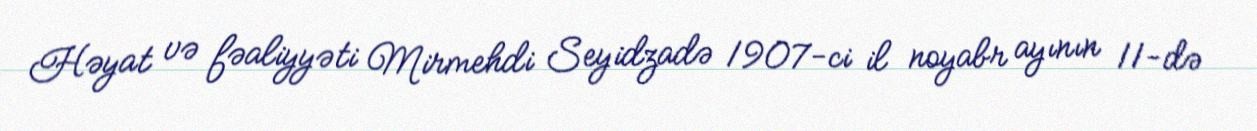
Həyat və fəaliyyəti Mirmehdi Seyidzadə 1907-ci il noyabr ayının 11-də